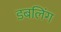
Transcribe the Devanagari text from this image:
डबलिंग